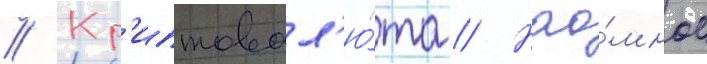
// Кр'иптовал'ю́та // Нао́мное